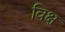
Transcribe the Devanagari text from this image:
विक्ष